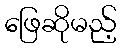
ဖြေဆိုမည့်